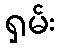
ရှမ်း